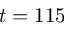
t = 1 1 5